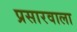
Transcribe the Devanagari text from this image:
प्रसारवाला